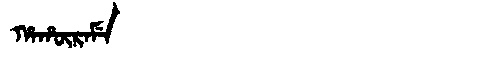
Manchu: ᡥᠠᡥᡡᡵᠠᠮᡝ
Romanization: HAHŪRAME